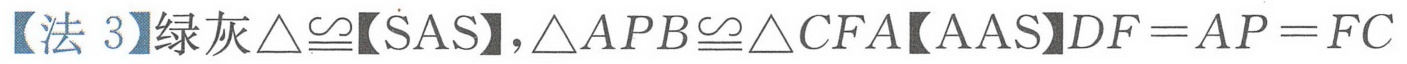
【法 3】绿灰\(\triangle\cong\)【SAS】,\(\triangle APB\cong\triangle CFA\)【AAS】\(DF = AP = FC\)